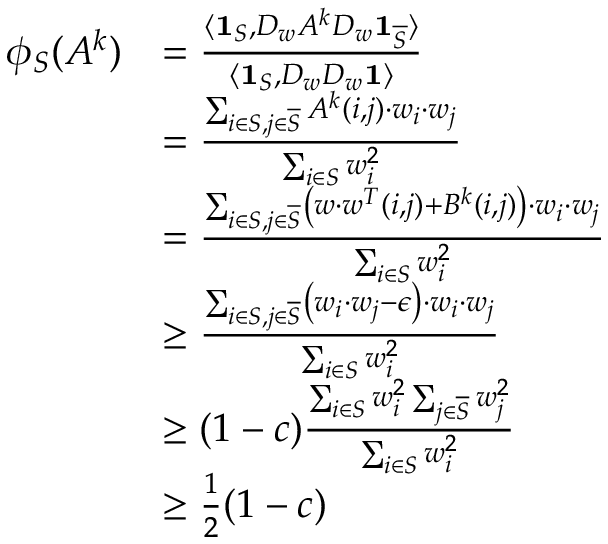
\begin{array} { r l } { \phi _ { S } ( A ^ { k } ) } & { = \frac { \langle \mathbf { 1 } _ { S } , D _ { w } A ^ { k } D _ { w } \mathbf { 1 } _ { \overline { { S } } } \rangle } { \langle \mathbf { 1 } _ { S } , D _ { w } D _ { w } \mathbf { 1 } \rangle } } \\ & { = \frac { \sum _ { i \in S , j \in \overline { { S } } } A ^ { k } ( i , j ) \cdot w _ { i } \cdot w _ { j } } { \sum _ { i \in S } w _ { i } ^ { 2 } } } \\ & { = \frac { \sum _ { i \in S , j \in \overline { { S } } } \left( w \cdot w ^ { T } ( i , j ) + B ^ { k } ( i , j ) \right) \cdot w _ { i } \cdot w _ { j } } { \sum _ { i \in S } w _ { i } ^ { 2 } } } \\ & { \geq \frac { \sum _ { i \in S , j \in \overline { { S } } } \left( w _ { i } \cdot w _ { j } - \epsilon \right) \cdot w _ { i } \cdot w _ { j } } { \sum _ { i \in S } w _ { i } ^ { 2 } } } \\ & { \geq ( 1 - c ) \frac { \sum _ { i \in S } w _ { i } ^ { 2 } \sum _ { j \in \overline { { S } } } w _ { j } ^ { 2 } } { \sum _ { i \in S } w _ { i } ^ { 2 } } } \\ & { \geq \frac { 1 } { 2 } ( 1 - c ) } \end{array}